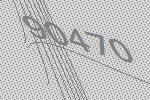
90470